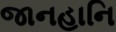
જાનહાનિ